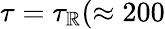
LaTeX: \tau=\tau_{\mathbb{R}}(\approx200